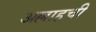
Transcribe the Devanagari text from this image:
अल्लाहची